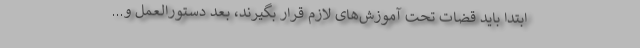
ابتدا باید قضات تحت آموزش‌های لازم قرار بگیرند، بعد دستورالعمل و...